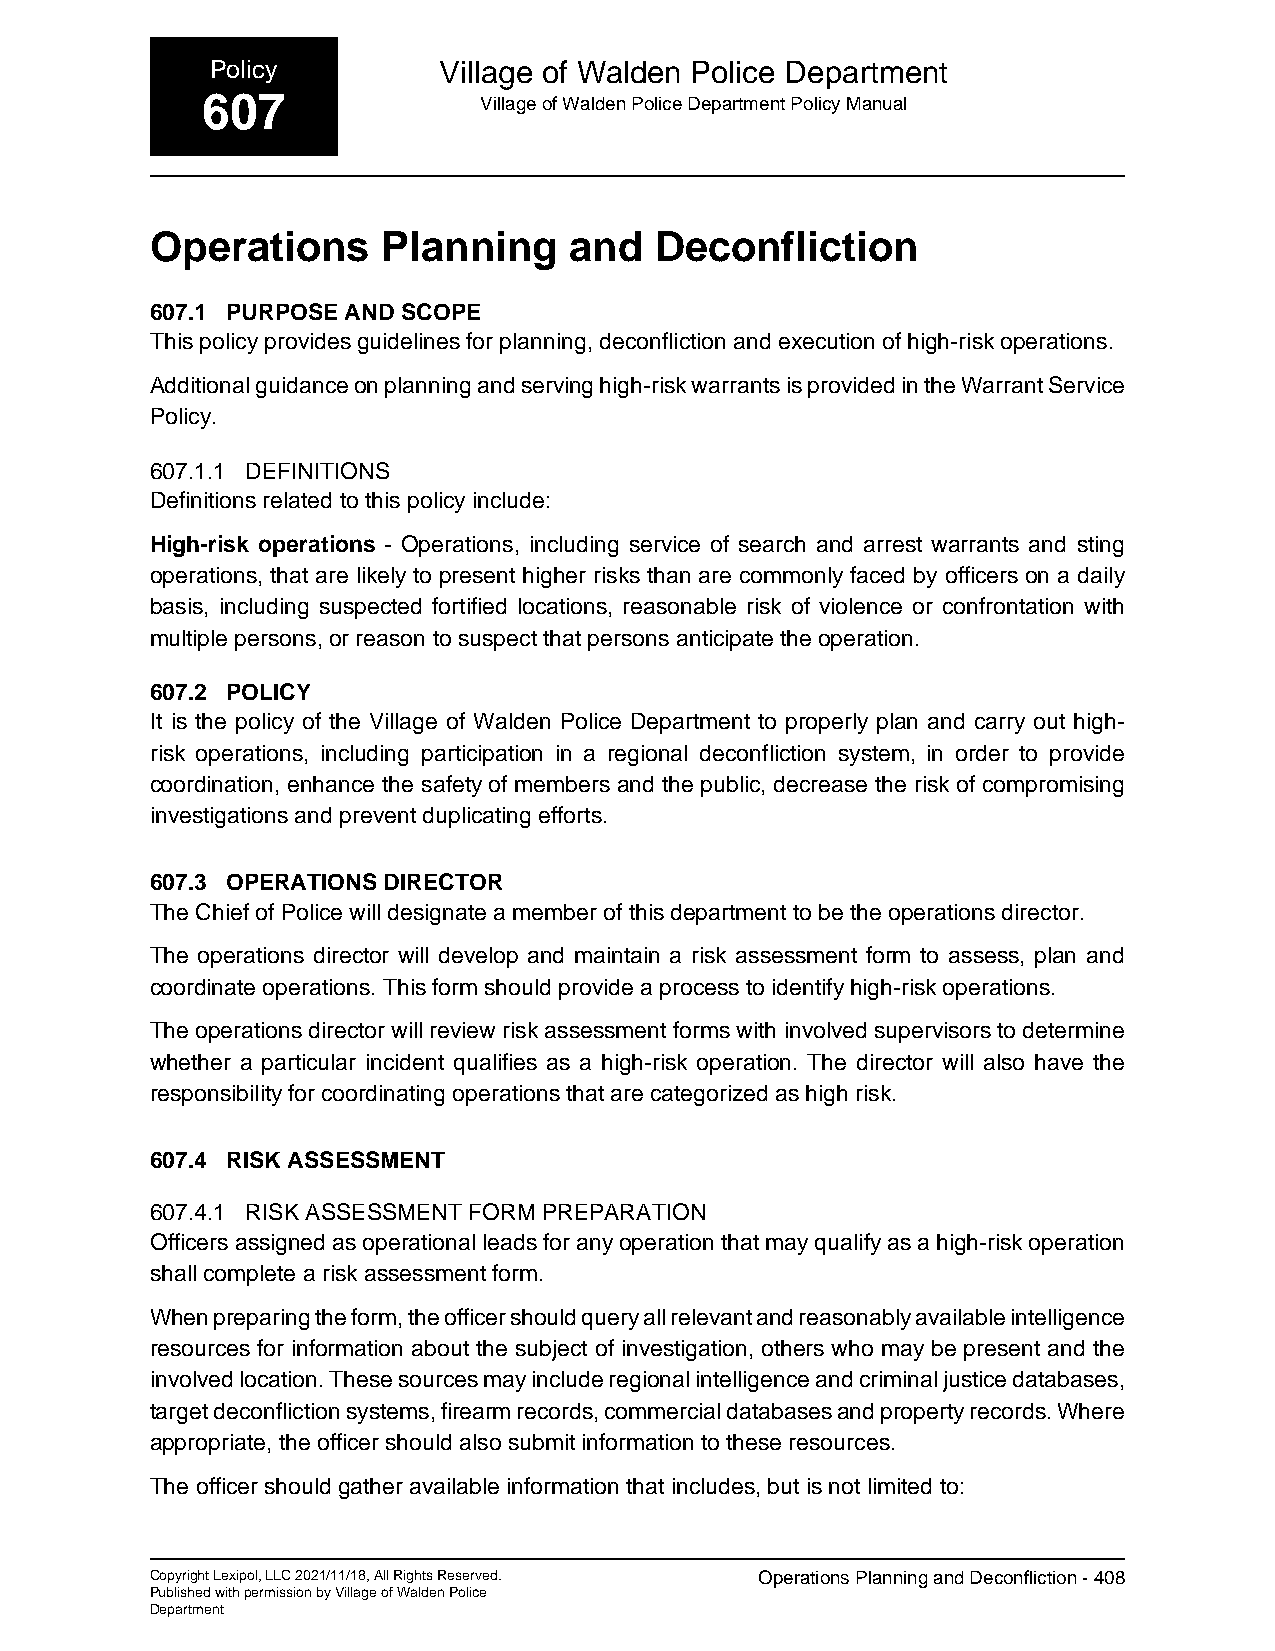
Policy         Village of Walden Police Department
 607                Village of Walden Police Department Policy Manual
 Operations     Planning     and  Deconfliction
 607.1 PURPOSE AND SCOPE
 This policy provides guidelines for planning, deconfliction and execution of high-risk operations.
 Additional guidance on planning and serving high-risk warrants is provided in the Warrant Service
 Policy.
 607.1.1 DEFINITIONS
 Definitions related to this policy include:
 High-risk operations - Operations, including service of search and arrest warrants and sting
 operations, that are likely to present higher risks than are commonly faced by officers on a daily
 basis, including suspected fortified locations, reasonable risk of violence or confrontation with
 multiple persons, or reason to suspect that persons anticipate the operation.
 607.2 POLICY
 It is the policy of the Village of Walden Police Department to properly plan and carry out high-
 risk operations, including participation in a regional deconfliction system, in order to provide
 coordination, enhance the safety of members and the public, decrease the risk of compromising
 investigations and prevent duplicating efforts.
 607.3 OPERATIONS DIRECTOR
 The Chief of Police will designate a member of this department to be the operations director.
 The operations director will develop and maintain a risk assessment form to assess, plan and
 coordinate operations. This form should provide a process to identify high-risk operations.
 The operations director will review risk assessment forms with involved supervisors to determine
 whether a particular incident qualifies as a high-risk operation. The director will also have the
 responsibility for coordinating operations that are categorized as high risk.
 607.4 RISK ASSESSMENT
 607.4.1 RISK ASSESSMENT FORM PREPARATION
 Officers assigned as operational leads for any operation that may qualify as a high-risk operation
 shall complete a risk assessment form.
 When preparing the form, the officer should query all relevant and reasonably available intelligence
 resources for information about the subject of investigation, others who may be present and the
 involved location. These sources may include regional intelligence and criminal justice databases,
 target deconfliction systems, firearm records, commercial databases and property records. Where
 appropriate, the officer should also submit information to these resources.
 The officer should gather available information that includes, but is not limited to:
 Copyright Lexipol, LLC 2021/11/18, All Rights Reserved. Operations Planning and Deconfliction - 408
 Published with permission by Village of Walden Police
 Department